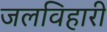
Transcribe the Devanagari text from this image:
जलविहारी